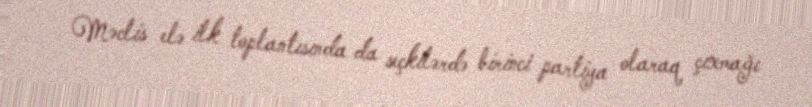
Məclis elə ilk toplantısında da seçkilərdə birinci partiya olaraq çıxmağı